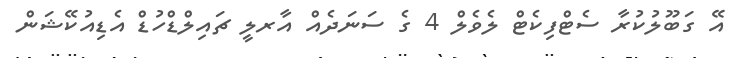
އޭ ގަބޫލުކުރާ ސެޓްފިކެޓް ލެވެލް 4 ގެ ސަނަދެއް އާރލީ ޗައިލްޑްހުޑް އެޑިއުކޭޝަން